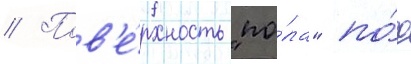
// Пов'е́рхность "по́ла" по́д